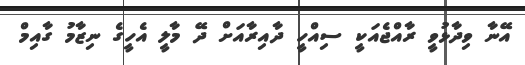
އޭނާ ވިދާޅުވީ ރާއްޖެއަކީ ސިއްހީ ދާއިރާއަށް ދޭ މާލީ އެހީގެ ނިޒާމު ގާއިމް